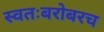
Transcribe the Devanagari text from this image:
स्वतःबरोबरच